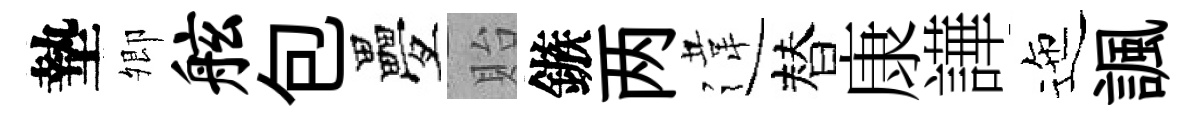
墊𡖖舷包疊貽鏃两違替康譁迤諷